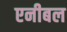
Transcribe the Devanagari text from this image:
एनीबल